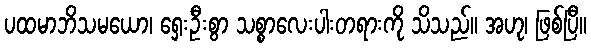
ပထမာဘိသမယော၊ ရှေးဦးစွာ သစ္စာလေးပါးတရားကို သိသည်။ အဟု၊ ဖြစ်ပြီ။